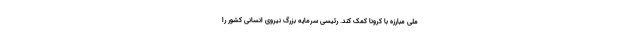
ملی مبارزه با کرونا کمک کند. رئیسی سرمایه بزرگ نیروی انسانی کشور را